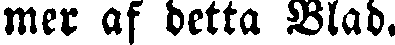
mer af detta Blad.